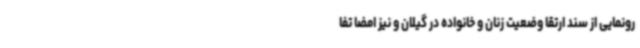
رونمایی از سند ارتقا وضعیت زنان و خانواده در گیلان و نیز امضا تفا